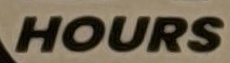
HOURS